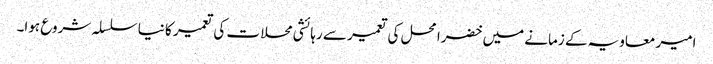
امیر معاویہ کے زمانے میں خضرا محل کی تعمیر سے رہائشی محلات کی تعمیر کا نیا سلسلہ شروع ہوا۔